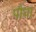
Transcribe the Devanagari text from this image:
पौंधा